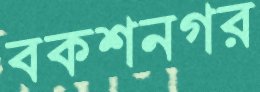
বকশনগর